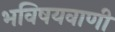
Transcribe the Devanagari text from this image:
भविषयवाणी